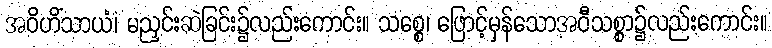
အဝိဟိံသာယံ၊ မညှင်းဆဲခြင်း၌လည်းကောင်း။ သစ္စေ၊ ဖြောင့်မှန်သောအဝီသစ္စာ၌လည်းကောင်း။